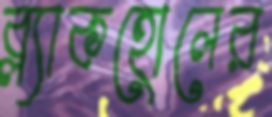
ব্ল্যাকহোলের